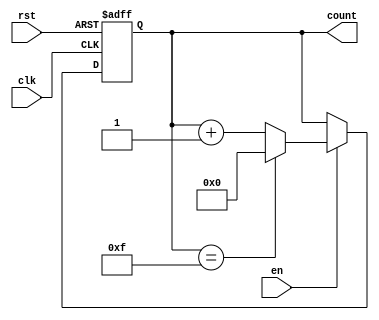
module memory_blocks_up_counter #(
    parameter WIDTH = 4  // Parameter for counter width (4 bits by default)
) (
    input wire clk,      // Clock input
    input wire rst,      // Asynchronous reset (active high)
    input wire en,       // Enable input for counting
    output reg [WIDTH-1:0] count // Output count
);

// Maximum count value based on the width
localparam MAX_COUNT = (1 << WIDTH) - 1; // 2^WIDTH - 1

// Always block for synchronous counter behavior
always @(posedge clk or posedge rst) begin
    if (rst) begin
        count <= 0; // Reset the counter to 0
    end else if (en) begin
        // Increment the counter and wrap around if it exceeds MAX_COUNT
        if (count == MAX_COUNT) begin
            count <= 0; // Wrap around
        end else begin
            count <= count + 1; // Increment count
        end
    end
end

endmodule